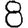
Digit: 8